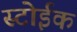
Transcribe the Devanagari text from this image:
स्टोईक